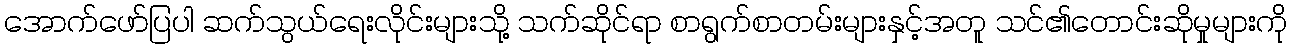
အောက်ဖော်ပြပါ ဆက်သွယ်ရေးလိုင်းများသို့ သက်ဆိုင်ရာ စာရွက်စာတမ်းများနှင့်အတူ သင်၏တောင်းဆိုမှုများကို